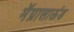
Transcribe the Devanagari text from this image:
मॅग्नासाऊंड